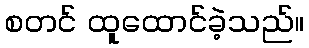
စတင် ထူထောင်ခဲ့သည်။